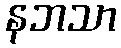
နဘသာ